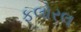
ફલોરલ